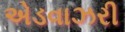
એડવાઝરી